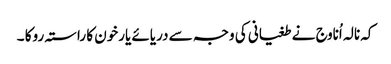
کہ نالہ اُناوج نے طغیانی کی وجہ سے دریائے یارخون کا راستہ روکا ۔